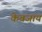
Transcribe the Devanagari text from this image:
केबजाय